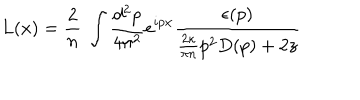
L ( x ) = \frac { 2 } { n } ~ \int \frac { d ^ { 2 } p } { 4 \pi ^ { 2 } } e ^ { i p x } \frac { \epsilon ( p ) } { \frac { 2 \kappa } { \pi n } p ^ { 2 } D ( p ) + 2 z }